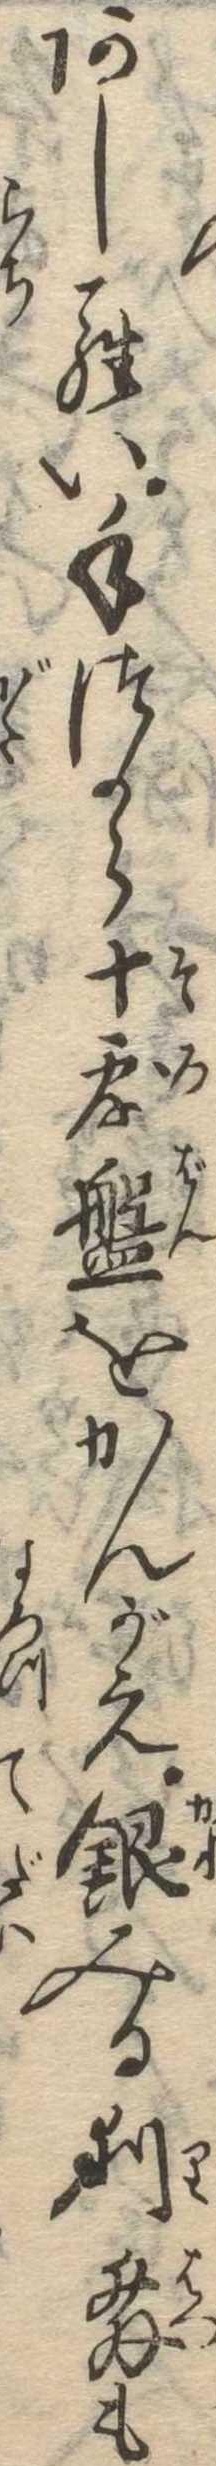
あしらい手つから十露盤をかんがえ銀みる利発も